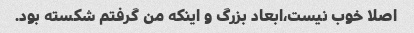
اصلا خوب نیست،ابعاد بزرگ و اینکه من گرفتم شکسته بود.